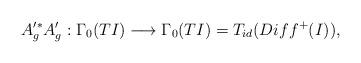
LaTeX: \begin{align*}A'^{*}_{g}A'_{g}: \Gamma_{0}(TI) \longrightarrow \Gamma_{0}(TI)= T_{id}(Diff^{+}(I)),\end{align*}